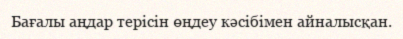
Бағалы аңдар терісін өңдеу кәсібімен айналысқан.